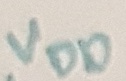
Text: VDD